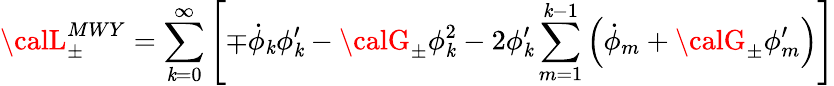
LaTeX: {\calL}_{\pm}^{MWY}=\sum_{\mathit{k}=0}^{\infty}\left[\mp\dot{{\phi}}_{\mathit{k}}\phi_{\mathit{k}}^{\prime}-{\calG_{\pm}}\phi_{\mathit{k}}^{2}-2\phi_{\mathit{k}}^{\prime}\sum_{m=1}^{\mathit{k}-1}\left(\dot{{\phi}}_{m}+{\calG_{\pm}}\phi_{m}^{\prime}\right)\right]